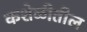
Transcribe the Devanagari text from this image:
कशेळीतील